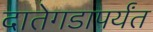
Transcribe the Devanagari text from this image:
दातेगडापर्यंत